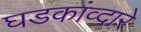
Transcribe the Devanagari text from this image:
घडकांव्दारे